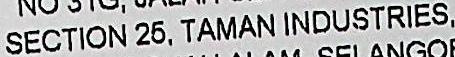
SECTION 25, TAMAN IDUSTRIES.